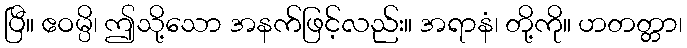
ပြီ။ ဧဝမ္ပိ၊ ဤသို့သော အနက်ဖြင့်လည်း။ အရာနံ၊ တို့ကို။ ဟတတ္တာ၊